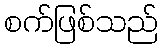
စက်ဖြစ်သည်